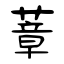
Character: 蔁